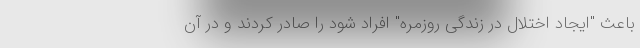
باعث "ایجاد اختلال در زندگی روزمره" افراد شود را صادر کردند و در آن